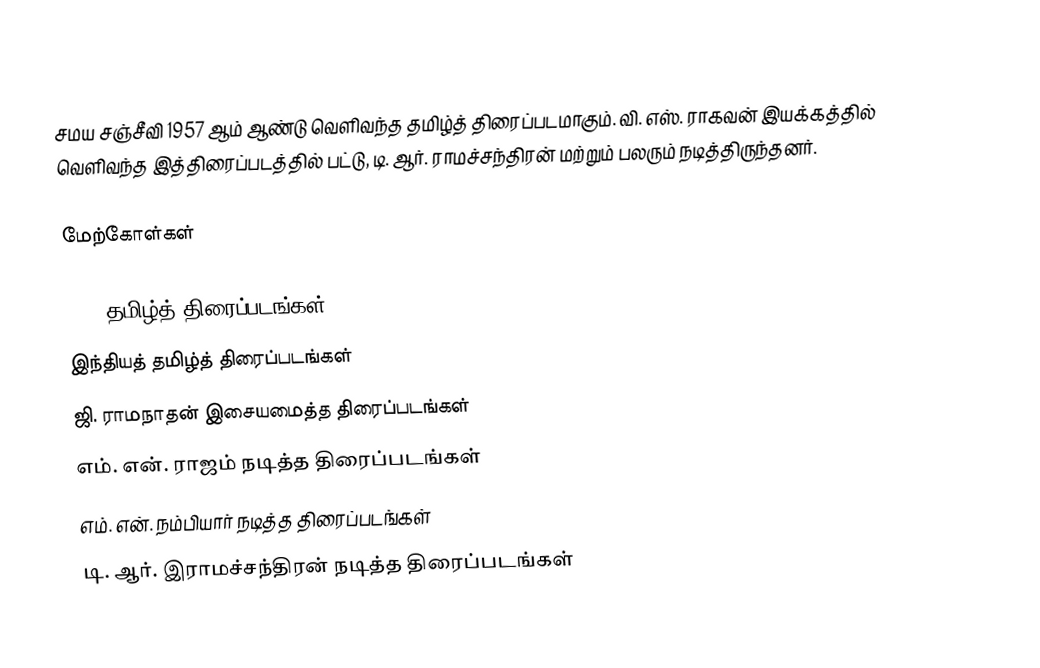
சமய சஞ்சீவி 1957 ஆம் ஆண்டு வெளிவந்த தமிழ்த் திரைப்படமாகும். வி. எஸ். ராகவன் இயக்கத்தில் வெளிவந்த இத்திரைப்படத்தில் பட்டு, டி. ஆர். ராமச்சந்திரன் மற்றும் பலரும் நடித்திருந்தனர்.

மேற்கோள்கள்

1957 தமிழ்த் திரைப்படங்கள்
இந்தியத் தமிழ்த் திரைப்படங்கள்
ஜி. ராமநாதன் இசையமைத்த திரைப்படங்கள்
எம். என். ராஜம் நடித்த திரைப்படங்கள்
எம். என். நம்பியார் நடித்த திரைப்படங்கள்
டி. ஆர். இராமச்சந்திரன் நடித்த திரைப்படங்கள்